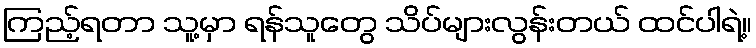
ကြည့်ရတာ သူ့မှာ ရန်သူတွေ သိပ်များလွန်းတယ် ထင်ပါရဲ့။